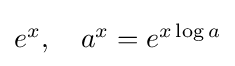
\textstyle e^{x},\quad a^{x}=e^{x\log a}